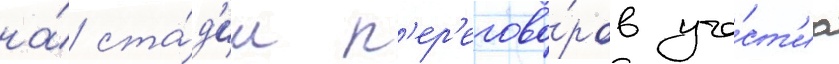
на́ ста́д'ии п'ер'егово́ров уча́ст'иа